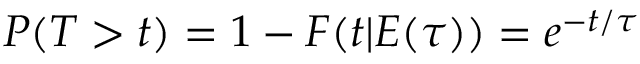
P ( T > t ) = 1 - F ( t | { \cal E } ( \tau ) ) = e ^ { - t / \tau }